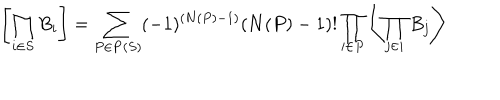
\left[ \prod _ { i \in S } B _ { i } \right] = \sum _ { P \in \mathbf { P } ( S ) } ( - 1 ) ^ { ( \mathbf { N } ( P ) - 1 ) } ( \mathbf { N } ( P ) - 1 ) ! \prod _ { i \in P } \left\langle \prod _ { j \in i } B _ { j } \right\rangle